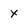
Character: x